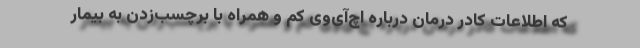
که اطلاعات کادر درمان درباره اچ‌آی‌وی کم و همراه با برچسب‌زدن به بیمار